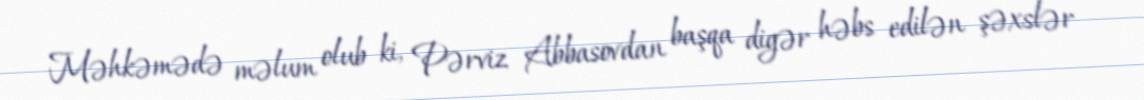
Məhkəmədə məlum olub ki, Pərviz Abbasovdan başqa digər həbs edilən şəxslər